Annual report on the health of the army in India
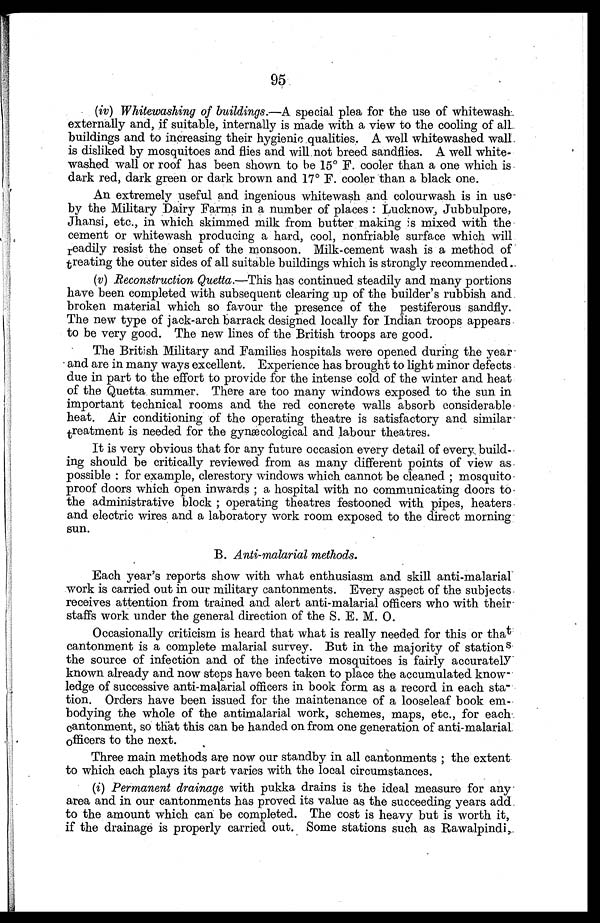
95
(iv)
Whitewashing of buildings.—A special plea for the use of whitewash
externally and, if suitable, internally is made with a view to the cooling of all
buildings and to increasing their hygienic qualities. A well whitewashed wall
is disliked by mosquitoes and flies and will not breed sandflies. A well white
-washed wall or roof has been shown to be 15° F. cooler than a one which is
dark red, dark green or dark brown and 17° F. cooler than a black one.
An extremely useful and ingenious whitewash and colourwash is in use
by the Military Dairy Farms in a number of places: Lucknow, Jubbulpore,
Jhansi, etc., in which skimmed milk from butter making is mixed with the
cement or whitewash producing a hard, cool, nonfriable surface which will
readily resist the onset of the monsoon. Milk-cement wash is a method of
treating the outer sides of all suitable buildings which is strongly recommended.
(v)
Reconstruction Quetta .—This has continued steadily and many portions
have been completed with subsequent clearing up of the builder's rubbish and
broken material which so favour the presence of the pestiferous sandfly.
The new type of jack-arch barrack designed locally for Indian troops appears
to be very good. The new lines of the British troops are good.
The British Military and Families hospitals were opened during the year
and are in many ways excellent. Experience has brought to light minor defects
due in part to the effort to provide for the intense cold of the winter and heat
of the Quetta summer. There are too many windows exposed to the sun in
important technical rooms and the red concrete walls absorb considerable
heat. Air conditioning of the operating theatre is satisfactory and similar
treatment is needed for the gynæcological and labour theatres.
It is very obvious that for any future occasion every detail of every, build
-ing should be critically reviewed from as many different points of view as
possible: for example, clerestory windows which cannot be cleaned; mosquito
proof doors which open inwards; a hospital with no communicating doors to
the administrative block; operating theatres festooned with pipes, heaters
and electric wires and a laboratory work room exposed to the direct morning
sun.
B. Anti-malarial methods.
Each year's reports show with what enthusiasm and skill anti-malarial
work is carried out in our military cantonments. Every aspect of the subjects
receives attention from trained and alert anti-malarial officers who with their
staffs work under the general direction of the S. E. M. O.
Occasionally criticism is heard that what is really needed for this or that
cantonment is a complete malarial survey. But in the majority of stations
the source of infection and of the infective mosquitoes is fairly accurately
known already and now steps have been taken to place the accumulated know
-ledge of successive anti-malarial officers in book form as a record in each sta
-tion. Orders have been issued for the maintenance of a looseleaf book em
-bodying the whole of the antimalarial work, schemes, maps, etc., for each
cantonment, so that this can be handed on from one generation of anti-malarial
officers to the next.
Three main methods are now our standby in all cantonments; the extent
to which each plays its part varies with the local circumstances.
(i) Permanent drainage with pukka drains is the ideal measure for any
area and in our cantonments has proved its value as the succeeding years add
to the amount which can be completed. The cost is heavy but is worth it,
if the drainage is properly carried out. Some stations such as Rawalpindi,